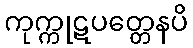
ကုက္ကုဋပတ္တေနပိ